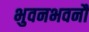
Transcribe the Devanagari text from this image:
भुवनभवनौ